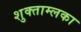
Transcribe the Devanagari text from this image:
शुक्ताम्लका